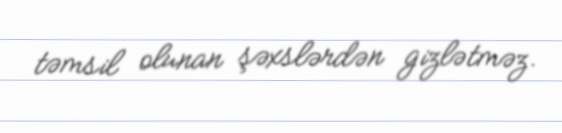
təmsil olunan şəxslərdən gizlətməz.